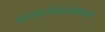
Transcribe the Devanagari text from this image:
नामलेखनाच्या